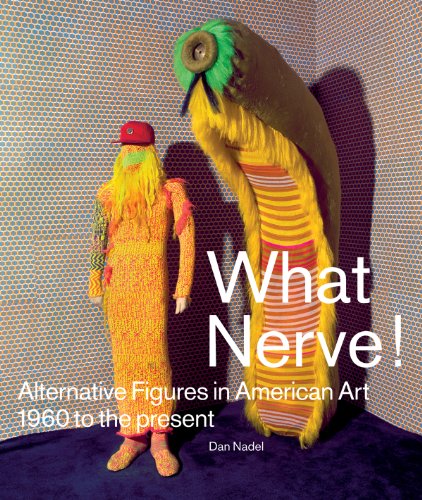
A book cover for What Nerve!: Alternative Figures in American Art, 1960 to the Present; Dan Nadel; Arts & Photography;